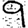
Digit: 9